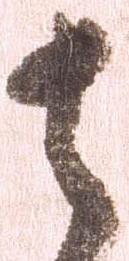
去